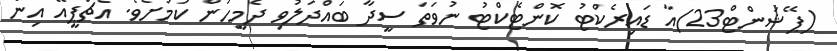
(ޕޭޝަންޓް23)އާ ޑައިރެކްޓު ކޮންޓެކްޓު ނުވަތަ ސީދާ ބައްދަލުވި ދެމީހުން ކަމަށެވެ. އެޗްޕީއޭ އިން